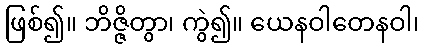
ဖြစ်၍။ ဘိဇ္ဇိတွာ၊ ကွဲ၍။ ယေနဝါတေနဝါ၊